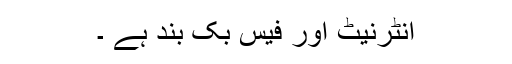
انٹرنیٹ اور فیس بک بند ہے ۔